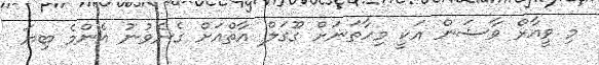
މި ވީއާރް ވާޝަން އަކީ މިހާތަނަށް ގޫގަލް އާތްއަށް ގެނެވުނު އެންމެ ބިޔަ